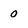
Character: 0